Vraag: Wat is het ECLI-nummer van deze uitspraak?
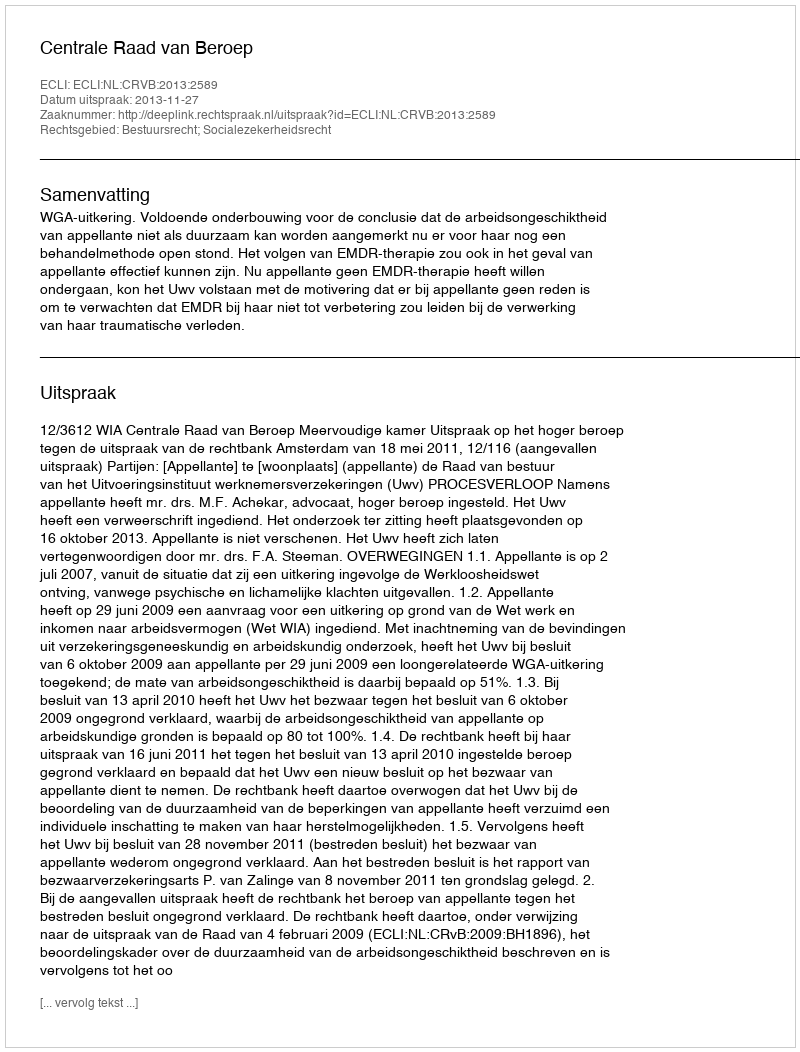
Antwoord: ECLI:NL:CRVB:2013:2589